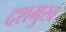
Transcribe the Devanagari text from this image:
दशमुख